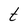
Character: t